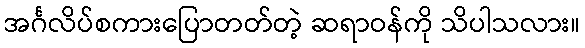
အင်္ဂလိပ်စကားပြောတတ်တဲ့ ဆရာဝန်ကို သိပါသလား။